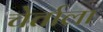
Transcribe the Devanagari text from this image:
चेर्ताला